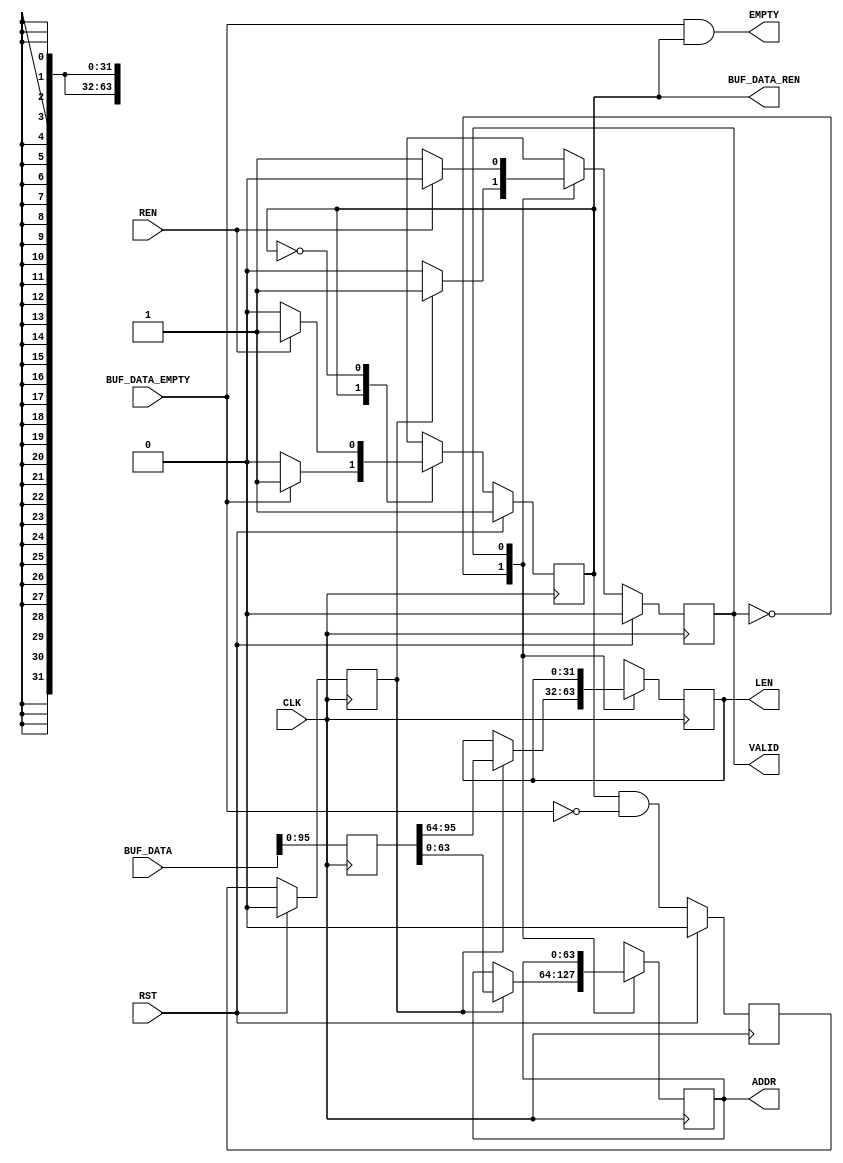
// This program was cloned from: https://github.com/CMU-SAFARI/SoftMC
// License: MIT License

`timescale 1ns/1ns
//----------------------------------------------------------------------------
// This software is Copyright  2012 The Regents of the University of 
// California. All Rights Reserved.
//
// Permission to copy, modify, and distribute this software and its 
// documentation for educational, research and non-profit purposes, without 
// fee, and without a written agreement is hereby granted, provided that the 
// above copyright notice, this paragraph and the following three paragraphs 
// appear in all copies.
//
// Permission to make commercial use of this software may be obtained by 
// contacting:
// Technology Transfer Office
// 9500 Gilman Drive, Mail Code 0910
// University of California
// La Jolla, CA 92093-0910
// (858) 534-5815
// invent@ucsd.edu
// 
// This software program and documentation are copyrighted by The Regents of 
// the University of California. The software program and documentation are 
// supplied "as is", without any accompanying services from The Regents. The 
// Regents does not warrant that the operation of the program will be 
// uninterrupted or error-free. The end-user understands that the program was 
// developed for research purposes and is advised not to rely exclusively on 
// the program for any reason.
// 
// IN NO EVENT SHALL THE UNIVERSITY OF CALIFORNIA BE LIABLE TO
// ANY PARTY FOR DIRECT, INDIRECT, SPECIAL, INCIDENTAL, OR
// CONSEQUENTIAL DAMAGES, INCLUDING LOST PROFITS, ARISING
// OUT OF THE USE OF THIS SOFTWARE AND ITS DOCUMENTATION,
// EVEN IF THE UNIVERSITY OF CALIFORNIA HAS BEEN ADVISED OF
// THE POSSIBILITY OF SUCH DAMAGE. THE UNIVERSITY OF
// CALIFORNIA SPECIFICALLY DISCLAIMS ANY WARRANTIES,
// INCLUDING, BUT NOT LIMITED TO, THE IMPLIED WARRANTIES OF
// MERCHANTABILITY AND FITNESS FOR A PARTICULAR PURPOSE.
// THE SOFTWARE PROVIDED HEREUNDER IS ON AN "AS IS" BASIS, 
// AND THE UNIVERSITY OF CALIFORNIA HAS NO OBLIGATIONS TO
// PROVIDE MAINTENANCE, SUPPORT, UPDATES, ENHANCEMENTS, OR
// MODIFICATIONS.
//----------------------------------------------------------------------------
//----------------------------------------------------------------------------
// Version:				1.00.a
// Verilog Standard:	Verilog-2001
// Description:			Reads data from the scatter gather list buffer.
// History:				@mattj: Version 2.0
//-----------------------------------------------------------------------------
`define S_SGR128_RD_0		1'b1
`define S_SGR128_RD_WAIT	1'b0

`define S_SGR128_CAP_0		1'b0
`define S_SGR128_CAP_RDY	1'b1

module sg_list_reader_128 #(
	parameter C_DATA_WIDTH = 9'd128
)
(
	input CLK,
	input RST,

	input [C_DATA_WIDTH-1:0] BUF_DATA,	// Scatter gather buffer data 
	input BUF_DATA_EMPTY,				// Scatter gather buffer data empty
	output BUF_DATA_REN,				// Scatter gather buffer data read enable

	output VALID,						// Scatter gather element data is valid
	output EMPTY,						// Scatter gather elements empty
	input REN,							// Scatter gather element data read enable
	output [63:0] ADDR,					// Scatter gather element address
	output [31:0] LEN					// Scatter gather element length (in words)
);

(* syn_encoding = "user" *)
(* fsm_encoding = "user" *)
reg							rRdState=`S_SGR128_RD_0, _rRdState=`S_SGR128_RD_0;

(* syn_encoding = "user" *)
(* fsm_encoding = "user" *)
reg							rCapState=`S_SGR128_CAP_0, _rCapState=`S_SGR128_CAP_0;
reg		[C_DATA_WIDTH-1:0]	rData={C_DATA_WIDTH{1'd0}}, _rData={C_DATA_WIDTH{1'd0}};
reg		[63:0]				rAddr=64'd0, _rAddr=64'd0;
reg		[31:0]				rLen=0, _rLen=0;
reg							rFifoValid=0, _rFifoValid=0;
reg							rDataValid=0, _rDataValid=0;


assign BUF_DATA_REN = rRdState; // Not S_SGR128_RD_WAIT
assign VALID = rCapState; // S_SGR128_CAP_RDY
assign EMPTY = (BUF_DATA_EMPTY & rRdState); // Not S_SGR128_RD_WAIT
assign ADDR = rAddr;
assign LEN = rLen;


// Capture address and length as it comes out of the FIFO
always @ (posedge CLK) begin
	rRdState <= #1 (RST ? `S_SGR128_RD_0 : _rRdState);
	rCapState <= #1 (RST ? `S_SGR128_CAP_0 : _rCapState);
	rData <= #1 _rData;
	rFifoValid <= #1 (RST ? 1'd0 : _rFifoValid);
	rDataValid <= #1 (RST ? 1'd0 : _rDataValid);
	rAddr <= #1 _rAddr;
	rLen <= #1 _rLen;
end

always @ (*) begin
	_rRdState = rRdState;
	_rCapState = rCapState;
	_rAddr = rAddr;
	_rLen = rLen;
	_rData = BUF_DATA;
	_rFifoValid = (BUF_DATA_REN & !BUF_DATA_EMPTY);
	_rDataValid = rFifoValid;

	case (rCapState)
	
	`S_SGR128_CAP_0: begin
		if (rDataValid) begin
			_rAddr = rData[63:0];
			_rLen = rData[95:64];
			_rCapState = `S_SGR128_CAP_RDY;
		end
	end

	`S_SGR128_CAP_RDY: begin
		if (REN)
			_rCapState = `S_SGR128_CAP_0;
	end
	
	endcase

	case (rRdState)

	`S_SGR128_RD_0: begin // Read from the sg data FIFO
		if (!BUF_DATA_EMPTY)
			_rRdState = `S_SGR128_RD_WAIT;
	end

	`S_SGR128_RD_WAIT: begin // Wait for the data to be consumed
		if (REN)
			_rRdState = `S_SGR128_RD_0;
	end
	
	endcase
end

endmodule